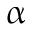
\upalpha